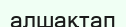
алшақтап